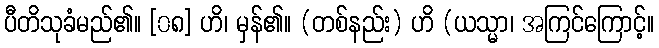
ပီတိသုခံမည်၏။ [၀၈] ဟိ၊ မှန်၏။ (တစ်နည်း) ဟိ (ယသ္မာ၊ အကြင်ကြောင့်။